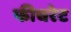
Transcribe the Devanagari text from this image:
फीचरेट